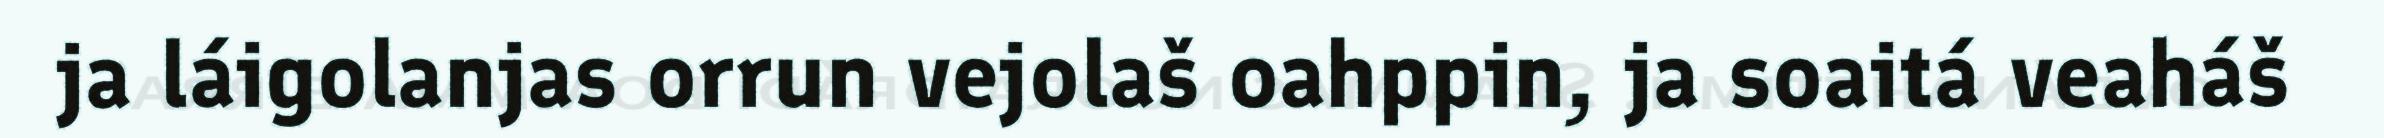
ja láigolanjas orrun vejolaš oahppin, ja soaitá veaháš